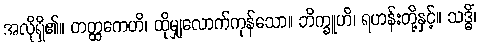
အလိုရှိ၏။ တတ္ထကေဟိ၊ ထိုမျှလောက်ကုန်သော။ ဘိက္ခူဟိ၊ ရဟန်းတို့နှင့်။ သဒ္ဓိံ၊